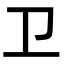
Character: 卫